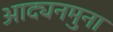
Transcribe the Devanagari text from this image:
आद्यनमुना